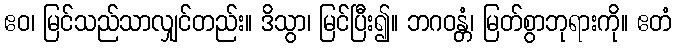
ဧဝ၊ မြင်သည်သာလျှင်တည်း။ ဒိသွာ၊ မြင်ပြီး၍။ ဘဂဝန္တံ၊ မြတ်စွာဘုရားကို။ ဧတံ